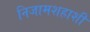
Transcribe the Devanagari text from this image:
निजामशहाशी